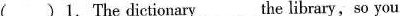
()1. The dictionary___the library,so you